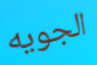
الجويه